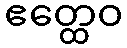
ဧတ္ထေဝ